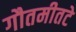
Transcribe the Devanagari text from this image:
गौतमीतटे